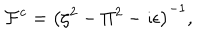
{ \cal F } ^ { c } = \left( \zeta ^ { 2 } - \Pi ^ { 2 } - \imath \epsilon \right) ^ { - 1 } ,